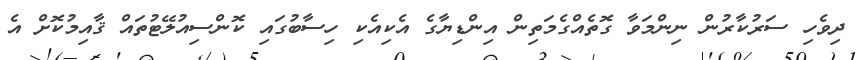
ދިވެހި ސަރުކާރުން ނިންމަވާ ގޮތެއްގެމަތިން އިންޑިޔާގެ އެކިއެކި ހިސާބުގައި ކޮންސިއުލޭޓުތައް ޤާއިމުކޮށް އެ